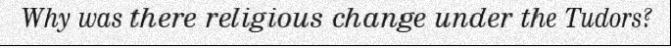
Why was there religious change under the Tudors?